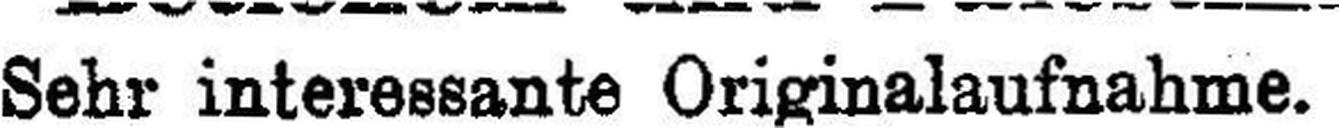
Sehr interessante Originalaufnahme.